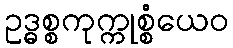
ဥဒ္ဓစ္စကုက္ကုစ္စံယေဝ